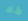
كلا